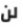
لن